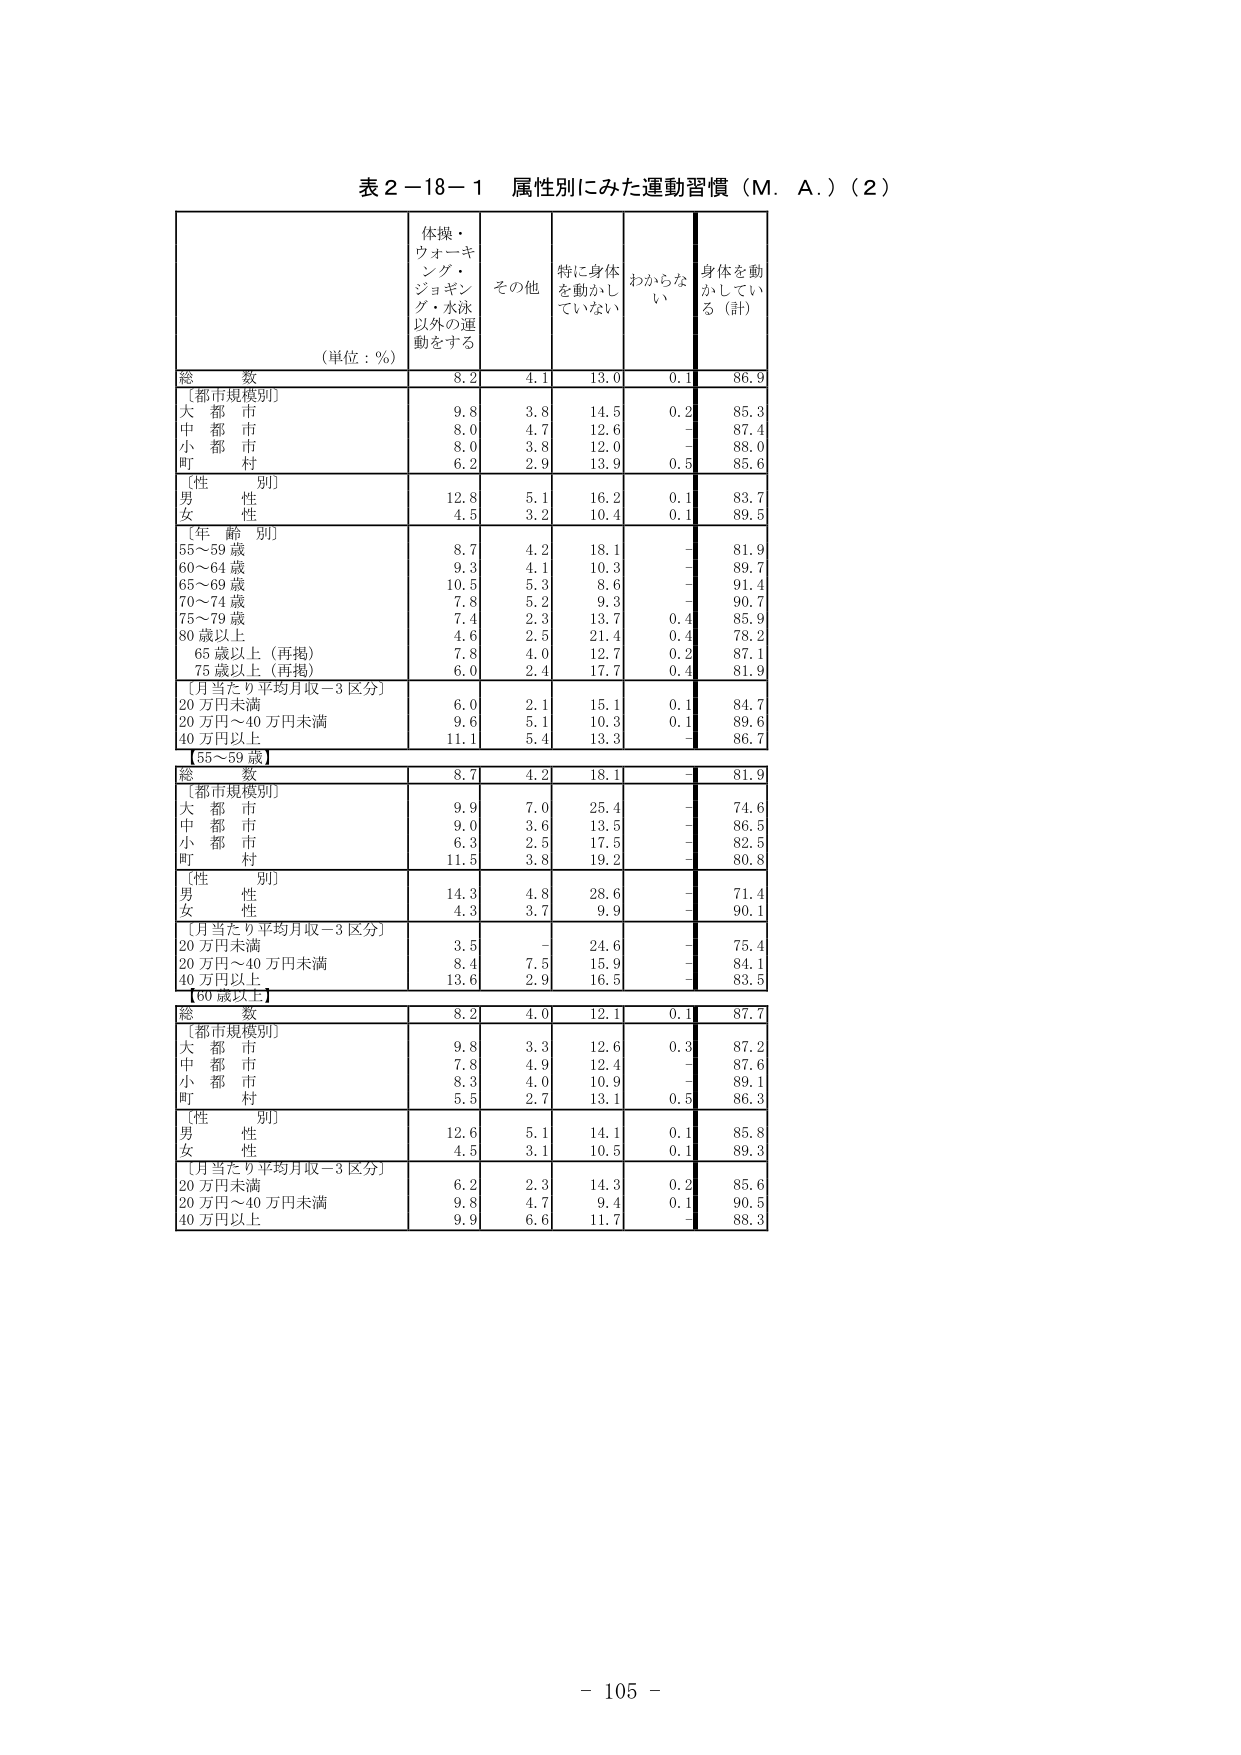
表２－18－１ 属性別にみた運動習慣（Ｍ．Ａ．）（２）

（単位：％）

体操・
ウオーキング・
ジョギング・水泳
以外の運動をする

その他

特に身体
を動かしていな
い

わからな
い

身体を動
かしてい
る（計）

総 数
8.2
4.1
13.0
0.1
86.9

［都市規模別］
大 都 市
9.8
3.8
14.5
0.2
85.3
中 都 市
8.0
4.7
12.6
－
87.4
小 都 市
8.0
3.8
12.0
－
88.0
町 村
6.2
2.9
13.9
0.5
85.6

［性 別］
男 性
12.8
5.1
16.2
0.1
83.7
女 性
4.5
3.2
10.4
0.1
89.5

［年 齢 別］
55～59 歳
8.7
4.2
18.1
－
81.9
60～64 歳
9.3
4.1
10.3
－
89.7
65～69 歳
10.5
5.3
8.6
－
91.4
70～74 歳
7.8
5.2
9.3
－
90.7
75～79 歳
7.4
2.3
13.7
0.4
85.9
80 歳以上
4.6
2.5
21.4
0.4
78.2
65 歳以上（再掲）
7.8
4.0
12.7
0.2
87.1
75 歳以上（再掲）
6.0
2.4
17.7
0.4
81.9

［月当たり平均月収－3 区分］
20 万円未満
6.0
2.1
15.1
0.1
84.7
20 万円～40 万円未満
9.6
5.1
10.3
0.1
89.6
40 万円以上
11.1
5.4
13.3
－
86.7

【55～59 歳】

総 数
8.7
4.2
18.1
－
81.9

［都市規模別］
大 都 市
9.9
7.0
25.4
－
74.6
中 都 市
9.0
3.6
13.5
－
86.5
小 都 市
6.3
2.5
17.5
－
82.5
町 村
11.5
3.8
19.2
－
80.8

［性 別］
男 性
14.3
4.8
28.6
－
71.4
女 性
4.3
3.7
9.9
－
90.1

［月当たり平均月収－3 区分］
20 万円未満
3.5
－
24.6
－
75.4
20 万円～40 万円未満
8.4
7.5
15.9
－
84.1
40 万円以上
13.6
2.9
16.5
－
83.5

【60 歳以上】

総 数
8.2
4.0
12.1
0.1
87.7

［都市規模別］
大 都 市
9.8
3.3
12.6
0.3
87.2
中 都 市
7.8
4.9
12.4
－
87.6
小 都 市
8.3
4.0
10.9
－
89.1
町 村
5.5
2.7
13.1
0.5
86.3

［性 別］
男 性
12.6
5.1
14.1
0.1
85.8
女 性
4.5
3.1
10.5
0.1
89.3

［月当たり平均月収－3 区分］
20 万円未満
6.2
2.3
14.3
0.2
85.6
20 万円～40 万円未満
9.8
4.7
9.4
0.1
90.5
40 万円以上
9.9
6.6
11.7
－
88.3

－ 105 －